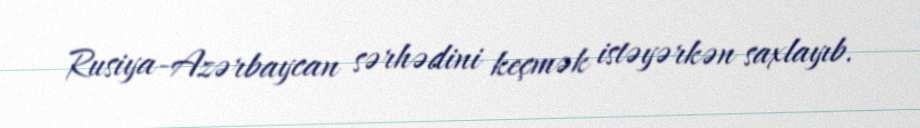
Rusiya-Azərbaycan sərhədini keçmək istəyərkən saxlayıb.